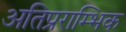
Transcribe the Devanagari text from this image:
अतिप्रराम्भिक